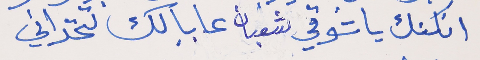
انكنك يا شوقي شعبان      عا بالك تتحداني